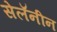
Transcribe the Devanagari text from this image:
सेलॅनीन